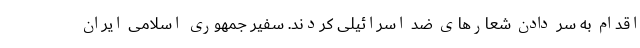
اقدام به سر دادن شعارهای ضد اسرائیلی کردند. سفیر جمهوری اسلامی ایران